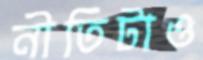
নীতিটাও